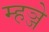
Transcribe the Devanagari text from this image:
म्हञ्जे